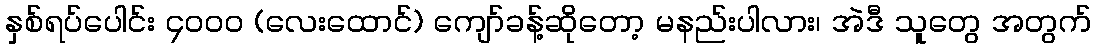
နှစ်ရပ်ပေါင်း ၄၀၀၀ (လေးထောင်) ကျော်ခန့်ဆိုတော့ မနည်းပါလား၊ အဲဒီ သူတွေ အတွက်